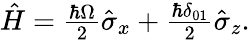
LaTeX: \begin{array}{r}{\hat{H}=\frac{\hbar\Omega}{2}\hat{\sigma}_{x}+\frac{\hbar\delta_{01}}{2}\hat{\sigma}_{z}.}\end{array}